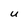
Character: u